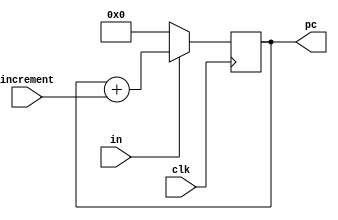
`timescale 1ns/1ns
module PC(
    input clk,
    input in,
    input [31:0] increment,
    output reg [31:0] pc
);

// Inicializar PC en 0 al comienzo
initial begin
    pc = 32'h00000000;
end

// Incrementar PC cuando se recibe una seal de reloj (clk) y la seal de reset (rst) est desactivada
always @(posedge clk) begin
    if (!in) begin
        pc <= 32'h00000000;
    end else begin
        pc <= pc + increment;
    end
end

endmodule